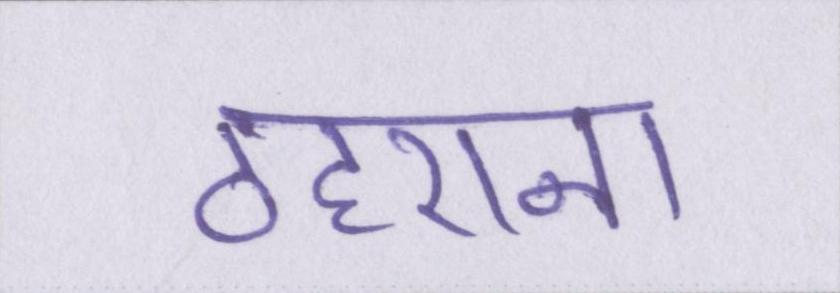
ठहराना